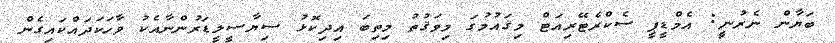
ބަޔާން ނެރުނީ: އެމްޑީޕީ ސެކްރެޓޭރިއަޓް މިޤައުމުގަ މިވަޤުތު މިތިބަ އިދިކޮޅު ސިޔާސީލީޑަރުންނާއެކު ވާހަކަދައްކައިގެން